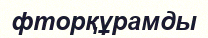
фторқұрамды